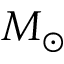
M \sb { \odot }